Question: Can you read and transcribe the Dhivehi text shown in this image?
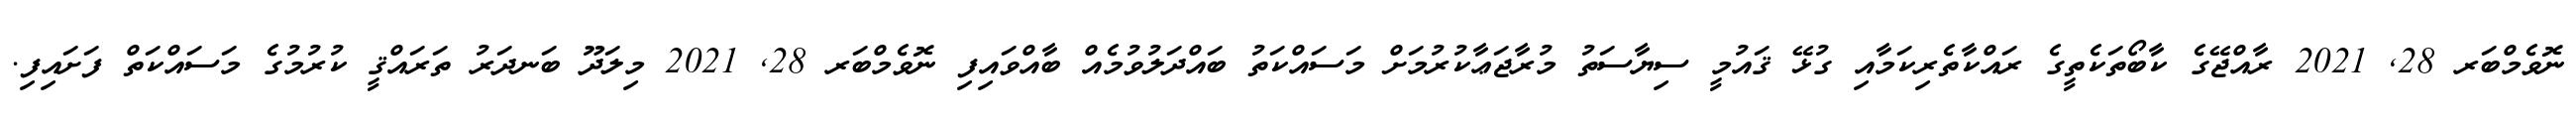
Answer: ނޮވެމްބަރ 28, 2021 ރާއްޖޭގެ ކާބޯތަކެތީގެ ރައްކާތެރިކަމާއި ގުޅޭ ޤައުމީ ސިޔާސަތު މުރާޖަޢާކުރުމަށް މަސައްކަތު ބައްދަލުވުމެއް ބާއްވައިފި ނޮވެމްބަރ 28, 2021 މިލަދޫ ބަނދަރު ތަރައްޤީ ކުރުމުގެ މަސައްކަތް ފަށައިފި.